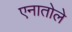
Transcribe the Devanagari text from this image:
एनातोले